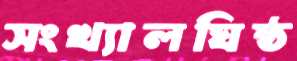
সংখ্যালঘিষ্ঠ